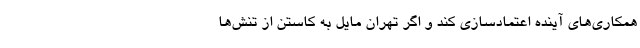
همکاری‌های آینده اعتمادسازی کند و اگر تهران مایل به کاستن از تنش‌ها